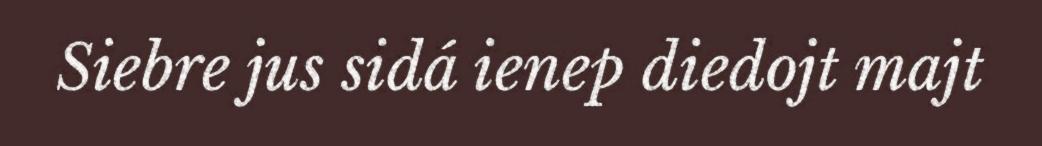
Siebre jus sidá ienep diedojt majt